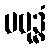
ပဗုဒ္ဓံ